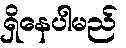
ရှိနေပါမည်